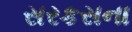
સરકસના